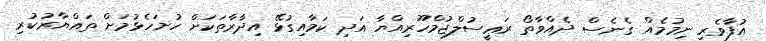
އުފާވެރި ނިމުމެއް ގެނެސް ދެއްވާތޯ ރަޢީސުލްޖުމްހޫރިއްޔާ އަދި ކަމާއިގުޅޭ އިދާރާތަކަށް ހުށަހެޅުމަށް ތައްޔާރުކުރި